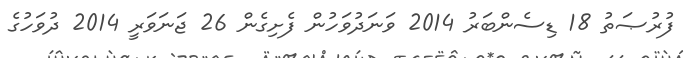
ފުރުޞަތު 18 ޑިސެންބަރު 2014 ވަނަދުވަހުން ފެށިގެން 26 ޖަނަވަރީ 2014 ދުވަހުގެ